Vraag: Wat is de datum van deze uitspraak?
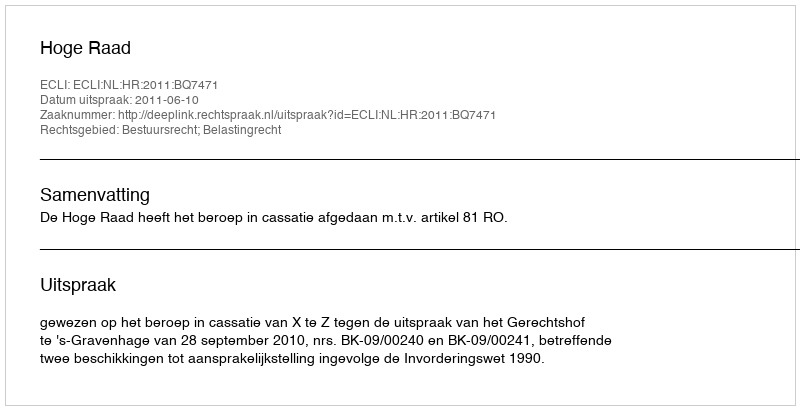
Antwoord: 2011-06-10